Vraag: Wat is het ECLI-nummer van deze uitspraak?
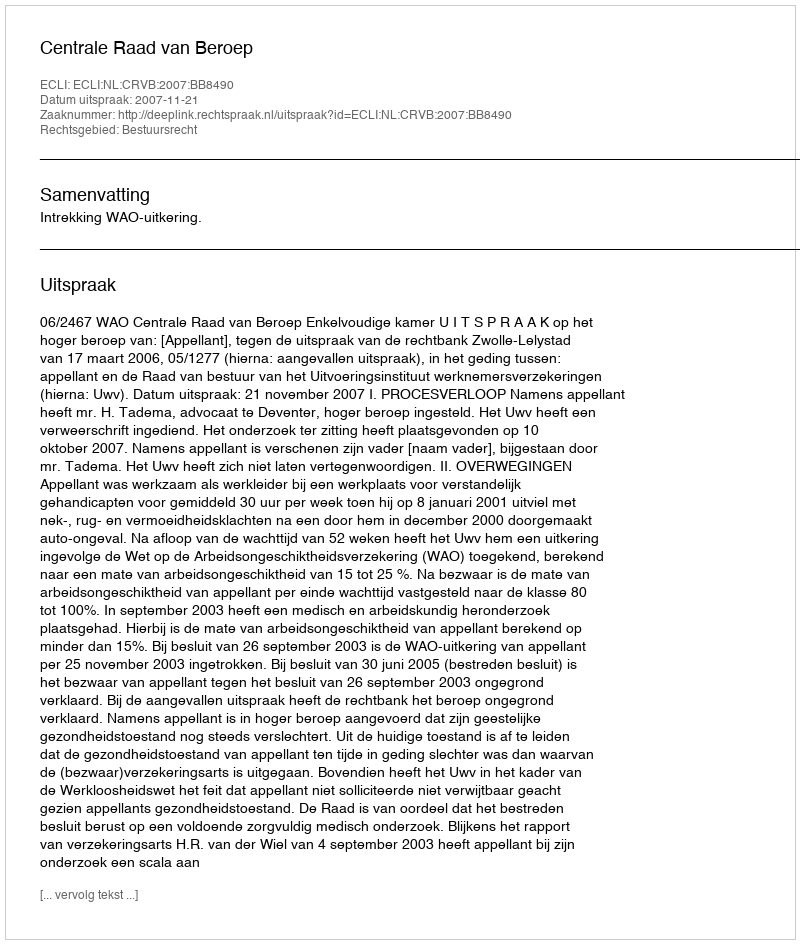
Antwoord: ECLI:NL:CRVB:2007:BB8490